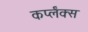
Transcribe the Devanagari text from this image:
कर्प्लंक्स